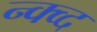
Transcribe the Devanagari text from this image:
न्क्व्द